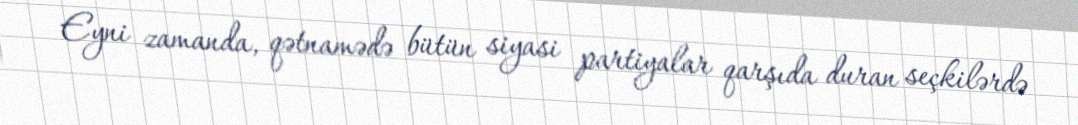
Eyni zamanda, qətnamədə bütün siyasi partiyalar qarşıda duran seçkilərdə